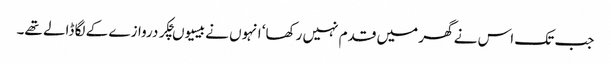
جب تک اس نے گھر میں قدم نہیں رکھا‘ انہوں نے بیسیوںچکر دروازے کے لگا ڈالے تھے۔